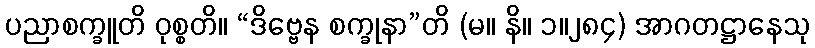
ပညာစက္ခူတိ ဝုစ္စတိ။ “ဒိဗ္ဗေန စက္ခုနာ”တိ (မ။ နိ။ ၁။၂၈၄) အာဂတဋ္ဌာနေသု